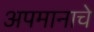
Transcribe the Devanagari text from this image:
अपमानाचे